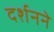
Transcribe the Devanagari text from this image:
दर्शनने